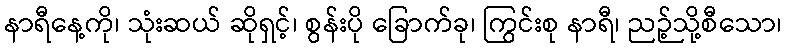
နာရီနေ့ကို၊ သုံးဆယ် ဆိုရှင့်၊ စွန်းပို ခြောက်ခု၊ ကြွင်းစု နာရီ၊ ညဉ့်သို့စီသော၊